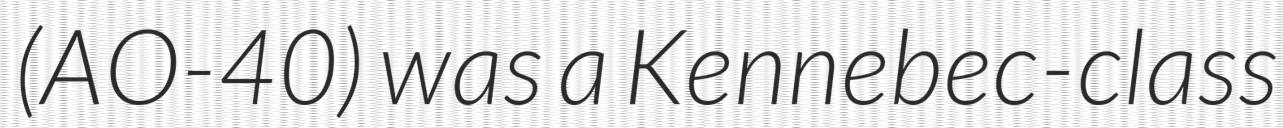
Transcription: (AO-40) was a Kennebec-class